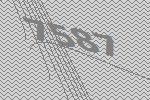
7587